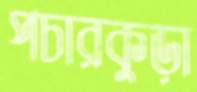
পচারকুড়া